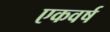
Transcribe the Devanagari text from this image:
एकवर्ष